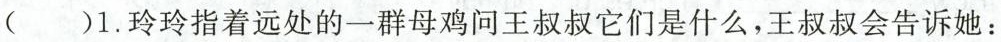
( )1.玲玲指着远处的一群母鸡问王叔叔它们是什么，王叔叔会告诉她